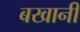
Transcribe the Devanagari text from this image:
बखानी